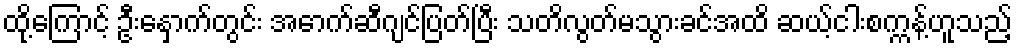
ထို့ကြောင့် ဦးနှောက်တွင်း အောက်ဆီဂျင်ပြတ်ပြီး သတိလွတ်မသွားခင်အထိ ဆယ့်ငါးစက္ကန့်ဟူသည့်